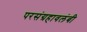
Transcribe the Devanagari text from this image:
परसंग्रहावलंबी